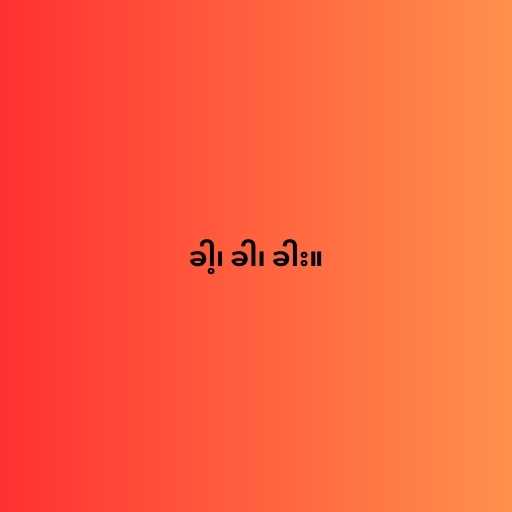
ခါ့၊ ခါ၊ ခါး။